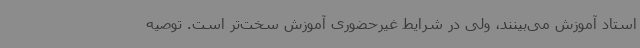
استاد آموزش می‌بینند، ولی در شرایط غیرحضوری آموزش سخت‌تر است. توصیه